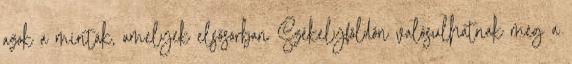
azok a minták, amelyek elsősorban Székelyföldön valósulhatnak meg a